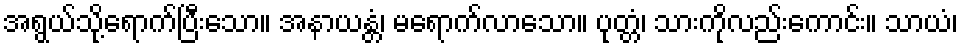
အရွယ်သို့ရောက်ပြီးသော။ အနာယန္တံ၊ မရောက်လာသော။ ပုတ္တံ၊ သားကိုလည်းကောင်း။ သာယံ၊